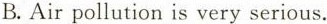
B.Airpollution is very serious.